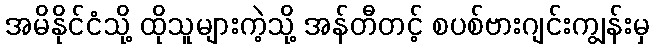
အမိနိုင်ငံသို့ ထိုသူများကဲ့သို့ အန်တီတင့် စပစ်ဗားဂျင်းကျွန်းမှ